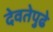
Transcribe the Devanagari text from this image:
देवतेपुढे